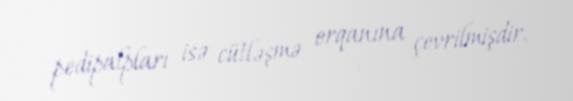
pedipalpları isə cütləşmə orqanına çevrilmişdir.